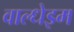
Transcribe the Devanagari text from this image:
वाल्धेइम